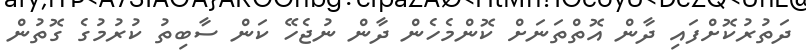
ދަތުރުކޮށްފައި ދާން އޮތްތަނަށް ކޮންމެހެން ދާން ނުޖެހޭ ކަން ސާބިތު ކުރުމުގެ ގޮތުން